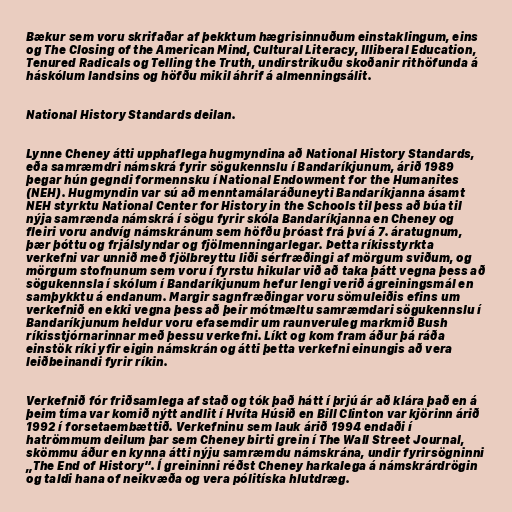
Bækur sem voru skrifaðar af þekktum hægrisinnuðum einstaklingum, eins
og The Closing of the American Mind, Cultural Literacy, Illiberal Education,
Tenured Radicals og Telling the Truth, undirstrikuðu skoðanir rithöfunda á
háskólum landsins og höfðu mikil áhrif á almenningsálit.

National History Standards deilan.

Lynne Cheney átti upphaflega hugmyndina að National History Standards,
eða samræmdri námskrá fyrir sögukennslu í Bandaríkjunum, árið 1989
þegar hún gegndi formennsku í National Endowment for the Humanites
(NEH). Hugmyndin var sú að menntamálaráðuneyti Bandaríkjanna ásamt
NEH styrktu National Center for History in the Schools til þess að búa til
nýja samrænda námskrá í sögu fyrir skóla Bandaríkjanna en Cheney og
fleiri voru andvíg námskránum sem höfðu þróast frá því á 7. áratugnum,
þær þóttu og frjálslyndar og fjölmenningarlegar. Þetta ríkisstyrkta
verkefni var unnið með fjölbreyttu liði sérfræðingi af mörgum sviðum, og
mörgum stofnunum sem voru í fyrstu hikular við að taka þátt vegna þess að
sögukennsla í skólum í Bandaríkjunum hefur lengi verið ágreiningsmál en
samþykktu á endanum. Margir sagnfræðingar voru sömuleiðis efins um
verkefnið en ekki vegna þess að þeir mótmæltu samræmdari sögukennslu í
Bandaríkjunum heldur voru efasemdir um raunveruleg markmið Bush
ríkisstjórnarinnar með þessu verkefni. Líkt og kom fram áður þá ráða
einstök ríki yfir eigin námskrán og átti þetta verkefni einungis að vera
leiðbeinandi fyrir ríkin.

Verkefnið fór friðsamlega af stað og tók það hátt í þrjú ár að klára það en á
þeim tíma var komið nýtt andlit í Hvíta Húsið en Bill Clinton var kjörinn árið
1992 í forsetaembættið. Verkefninu sem lauk árið 1994 endaði í
hatrömmum deilum þar sem Cheney birti grein í The Wall Street Journal,
skömmu áður en kynna átti nýju samræmdu námskrána, undir fyrirsögninni
„The End of History“. Í greininni réðst Cheney harkalega á námskrárdrögin
og taldi hana of neikvæða og vera pólitíska hlutdræg.